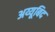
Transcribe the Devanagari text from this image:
अय्यूबिद